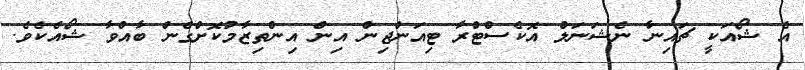
އެ ޝޯއަކީ ޗައިނާ ނެޝަނަލް އޮކެސްޓްރާ ޓިއަންޖިން އިން އިންތިޒާމުކޮށްގެން ބާއްވާ ޝޯއެކެވެ.